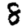
Digit: 8